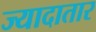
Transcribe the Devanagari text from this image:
ज्‍यादातार